Medical and sanitary report of the native army of Bengal for the year
Year: 1876
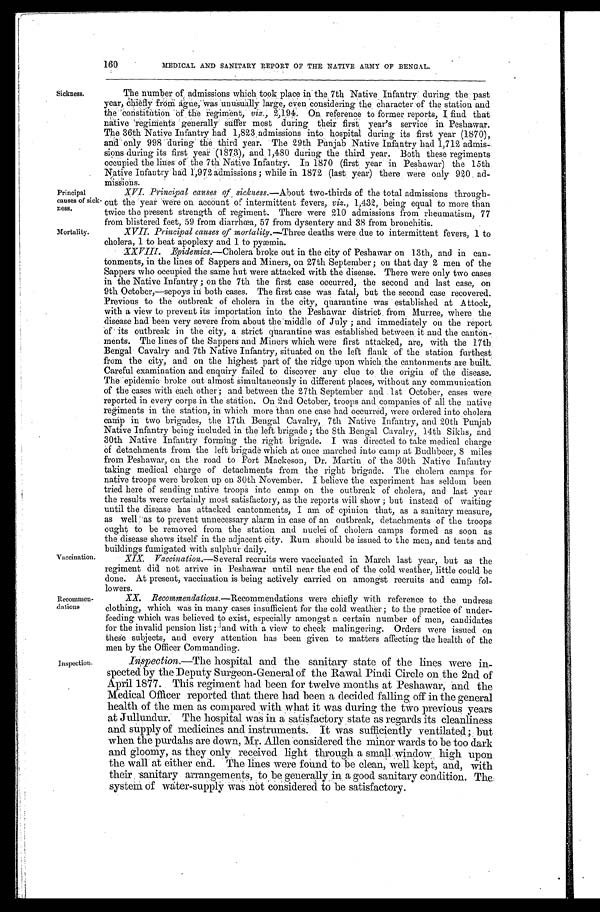
XIX.
Vaccination.—Several recruits were vaccinated in March last year, but as the
regiment did not arrive in Peshawar until near the end of the cold weather, little could be
done. At present, vaccination is being actively carried on amongst recruits and camp fol--
lowers.
XX.
Recommendations.—Recommendations were chiefly with reference to the undress
clothing, which was in many cases insufficient for the cold weather ; to the practice of under--
feeding which was believed to exist, especially amongst a certain number of men, candidates
for the invalid pension list ; and with a view to check malingering. Orders were issued on
theses subjects, and every attention has been given to matters affecting the health of the
men by the Officer Commanding.
160
MEDICAL AND SANITARY REPORT OF THE NATIVE ARMY OF BENGAL.
Sickness.
Principal
causes of sick.
ness.
The number of, admissions Which took place the 7th Native Infantry during the past
ye a r , c hi e f l y f r om a gue , wa s unus ua l l y l a r ge , e ve n c ons i de r i ng t he c ha r a c t e r of t he s t a t i on a nd
t h e C o n s t i t u t i o n o f t h e r e g i m e n t ,v
i z .
2 , 1 9 4 . O n r e f e r e n c e t o f o r m e r r e p o r t s , I f i n d t h a t
native regiments generally suffer most during their first,
y e a r ' s s e r v i c e i n P e s h a w a r .
The 36th Native Infantry had 1,823 admissions into hospital during its fir
st year (1870),
and only 998 during the third year. The 29th Punjab Native Infantry had 1,712 admis-
s i ons dur i ng i t s f i r s t year ( 1873) and 1, 480 dur i ng t he t hi r d year . Bot h t hes e r egi ment s
occupied the lines of ' the 7th Native Infantry. In 1870 (first year in Peshawar) the 15th
Native Infantry had 1,972 admissions ; while in 1872 (last year) there were only 920 ad--
missions.
XVI. Principal causes of sickness.—About two-thirds of the total admissions through--
out the year Were on account of intermittent fevers, viz., 1,432, being equal to more than
twice the present strength of regiment. There were 210 admissions from rheumatism, 77
from blistered feet, 59 from diarrhœa, 57 from dysentery and 38 from bronchitis.
Mortality.
XVII. Principal causes of mortality.— Three deaths were due to intermittent fevers, 1 to
cholera, 1 to heat apoplexy and 1 to pvæmia.
X X V I I I . E p i d e m i c s .
— C h o l e r a
broke out in the city of Peshawar on 13th, and in can--
tonments, in the lines of Sappers and Miners, on 27th September ; on that day 2 men of the
Sappers who occupied the same hut were attacked with the disease. There were only two cases
in the Native Infantry ; on the 7th the first case occurred, the second and last case, on
9th October,—sepoys in both cases. The first case was fatal, but the second case recovered.
Previous to the outbreak of cholera in the city, quarantine was established at Attock,
with a view to prevent its importation into the Peshawar district from Murree, where the
disease had been very severe from about the middle of July ; and immediately on the report
of its outbreak in the city, a strict quarantine was established between it and the canton-
meats. The lines of the Sappers and Miners which were first attacked, are, with the 17th
Bengal Cavalry and 7th Native Infantry, situated on the left flank of the station furthest
from the city, and on the highest part of the ridge upon which the cantonments are built.
Careful examination and enquiry failed to discover any clue to the origin of the disease.
T h e e p i d é m i c b r o k e o u t a l m o s t S i m u l t a n e o u s l y i n d i f f e r e n t p l a c e s , w i t h o u t a n y c o m m u n i c a t i o n
of the cases with each Other ; and between the 27th September and 1st October, cases were
reported in every corps in the station. On 2nd October, troops and companies of all the native
regiments in the station, in which more than one case bad occurred, were ordered into cholera
c a m p i n t w o b r i g a d e s , t h e 1 7 t h B e n g a l C a v a l r y , 7 t h N a t i v e I n f a n t r y , a n d 2 0 t h P u n j a b
Native Infantry being included in the left brigade ; the 8th Bengal Cavalry, 14th Sikhs, and
30th Native Infantry forming the right brigade. I was directed to take medical charge
o f d e t a c h m e n t s f r o m t h e l e f t b r i g a d e w h i c h a t o n c e m a r c h e d i n t o c a m p a t B u d h b e e r , 8 m i l e s
from Peshawar, on the road to Fort Mackeson, Dr. Martin of the 30th Native Infantry
taking medical charge of detachments from the right brigade. The cholera camps for
native troops were broken up on 30th November. I believe the experiment has seldom been
tried here of sending native troops into camp on the outbreak of cholera, and last year
the results were certainly most satisfactory, as the reports will show ; but instead of waiting
until the disease has attacked cantonments, I am of opinion that, as a sanitary measure,
as well as to prevent unnecessary alarm in case of an outbreak, detachments of the troops
ought to be removed from the station and nuclei of cholera camps formed as soon as
the disease shows itself in the adjacent city. Rum should be issued to the men, and tents and
buildings fumigated With sulphur daily.
Vaccination.
Recommen.
dations
Inspection
Ispection.—The hospital and the sanitary state of the lines were in--
spected by the Deputy Surgeon-General of the Rawal Pindi Circle on the 2nd of
April 1877. This regiment had been for twelve months at Peshawar, and the
Medical Officer reported that there had been a decided falling off in the general
health of the men as compared with what it was during the two previous years
at Jullundur. The hospital was in a satisfactory state as regards its cleanliness
and supply of medicines and instruments. It was sufficiently ventilated; but
when the purdahs are down, Mr. Allen considered the minor wards to be too dark
and gloomy, as they only received light through a small window high upon
the wall at either end. The lines were found to be clean, well kept, and, with
their sanitary arrangements, to be generally in a good sanitary condition. The
system of water-supply was not considered to be satisfactory.